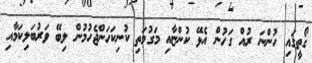
ގޯތީގައި ހުންނަ ރުއް ގަހުން އެޅޭ ކުންޏާއި މަގުމަތި ކުނިކަހަންޖެހުމުން ލިބޭ ވަރުބަލިކަމާއި